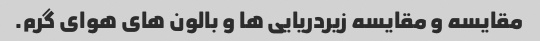
مقایسه و مقایسه زیردریایی ها و بالون های هوای گرم.